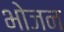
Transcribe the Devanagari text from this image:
भाेजन